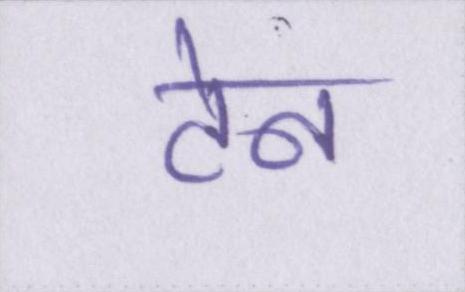
टेन